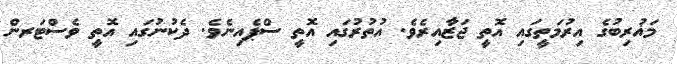
މަޣުރިބުގެ އިރުމަތީގައި އޮތީ ޖަޒާއިރެވެ. އުތުރުގައި އޮތީ ސްޕެއިނެވެ. ދެކުނުގައި އޮތީ ވެސްޓަރން